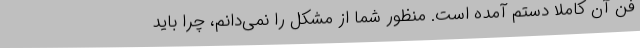
فن آن کاملا دستم آمده است. منظور شما از مشکل را نمی‌دانم، چرا باید